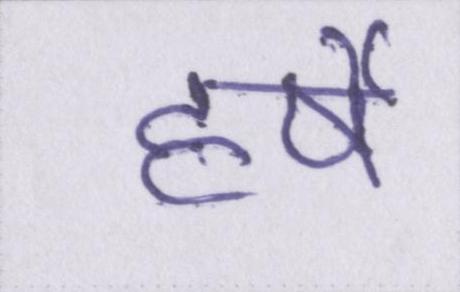
हर्षे